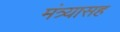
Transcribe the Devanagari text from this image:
मंत्र्यासह